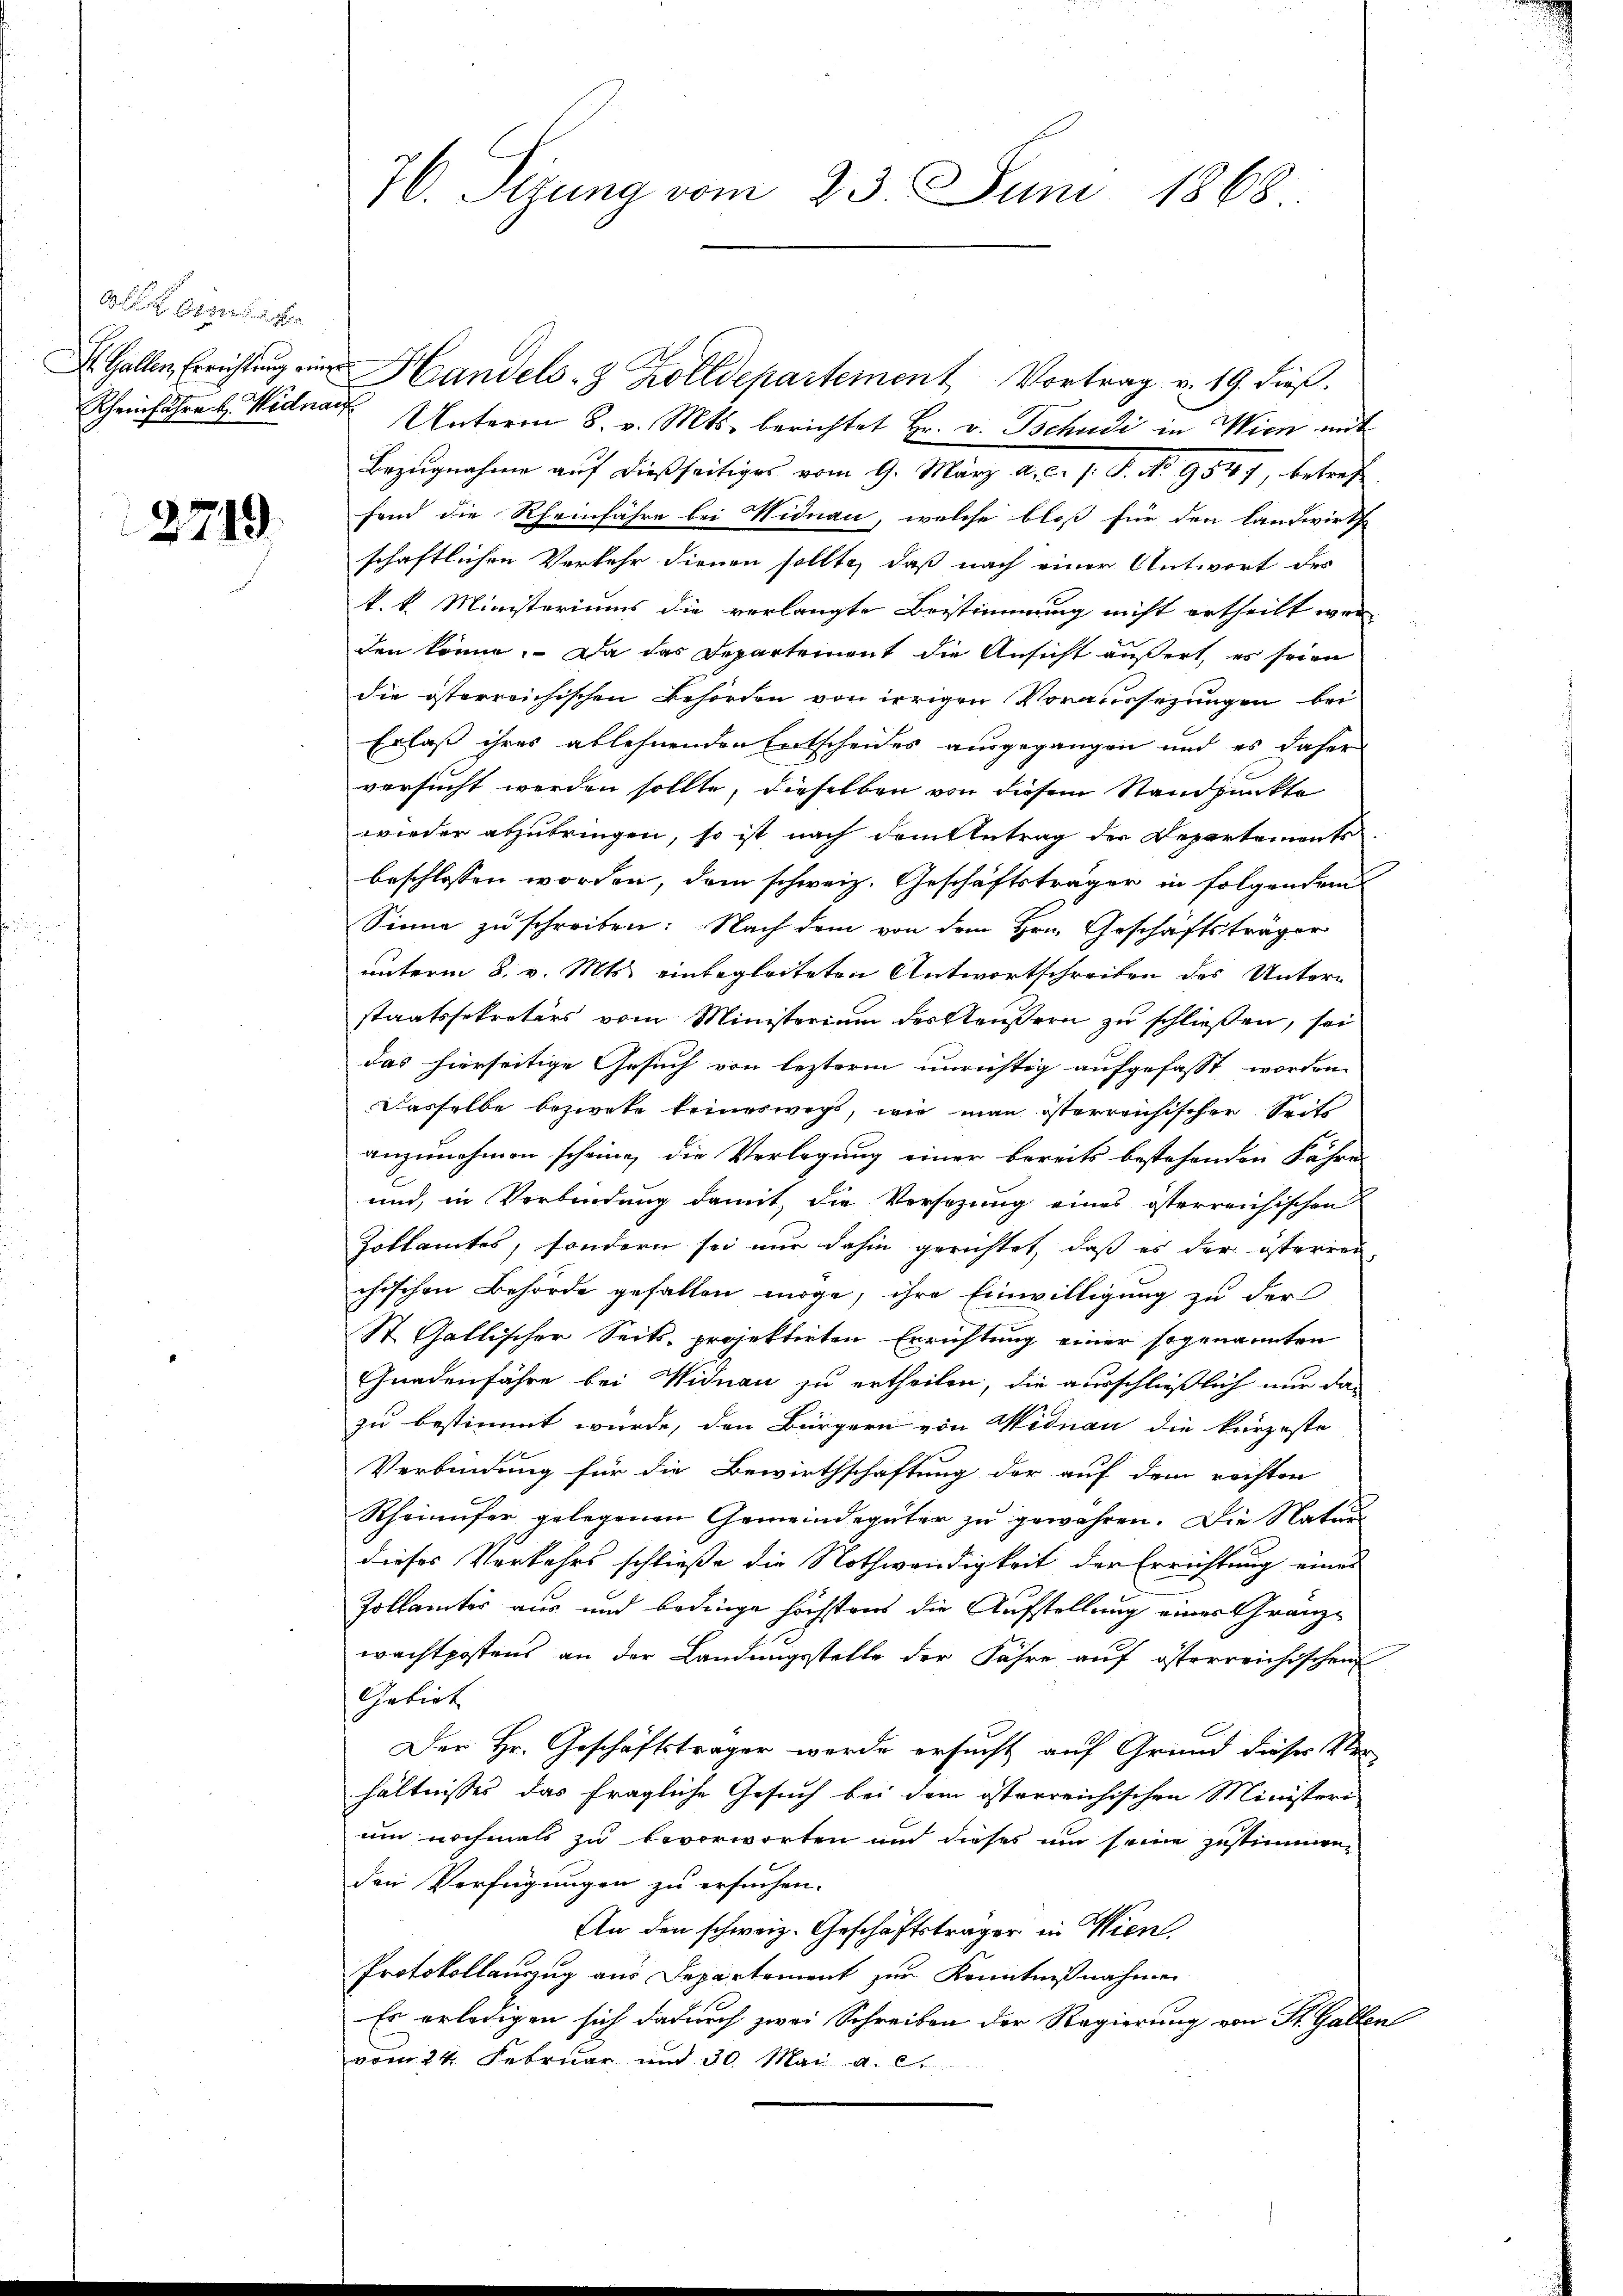
Ali bezeigen

2719.

76. Sizung vom 23. Juni 1868

Rheinfahre u. Widnar Unterm 8. v. Mts. berichtet Hr. v. Bchudi in Wien mit
Bezugnahme auf dießseitiges vom 9. März a. c. s. S. No. 9547, betref
fend die Rheinfahre bei Nidnau, welche bloß für den Landwirths
schaftlichen Verkehr dienen sollte, daß nach einer Antwort des
k. k. Ministeriums die verlangte Bestimmung nicht ertheilt wer
den könne. Da das Departement die Ansicht äußert, es seien
die österreichischen Behörden von irrigen Voraussezungen bei
Erlaß ihres ablehnenden Entscheides ausgegangen und es daher
versucht werden sollte, dieselben von diesem Standpunkte
wieder abzubringen, so ist nach dem Antrag der Departements
beschlossen worden, dem schweiz. Geschäftsträger in folgendem
Sinne zu schreiben. Nach dem von dem Hrn. Geschäftsträger
unterm 8. v. Mts. einbegleiteten Antwortschreiben des Untern
staatssekretärs vom Ministerium des Aeußern zu schließen, sei
das hierseitige Gesuch von lezterm unrichtig aufgefasst worden
Dasselbe bezwete keineswegs, wie man isterreichischen Seite
anzunehmen scheine, die Verlegung einer bereits bestehenden Fähre
und, in Verbindung damit, die Versezung eines österreichischen
Zollamtes, sondern sei nur dahin gerichtet, daß es der österren
chischen Behörde gefallen möge, ihre Einwilligung zu der
St. Gallischer Seits projektirten Errichtung einer sogenannten
Gnadenfahre bei Widnau zu ertheilen, die ausschließlich nur da-
zu bestimmt wurde, den Bürgern von Widnau die kurzeste
Verbindung für die Bewirthschaftung der auf dem rechten
Rheinufer gelegenen Gemeindegüter zu gewahren. Die Naturdieses Verkehrs schließe die Nothwendigkeit der Errichtung eines
Zollämter aus und bedinge höchstens die Aufstellung einer Gränzwachtpostens an der Landungsstelle der Jahre auf österreichischen
Gebiet
Der Hr. Geschäftsträger werde ersucht auf Grund dieses Ver-
hältnisses das fragliche Gesuch bei dem österreichischen Ministeri
um nochmals zu bevorworten und dieses um seine Zustimmen,
den Verfügungen zu ersuchen.
An den schweiz. Geschäftsträger in Wien
Protokollauszug aus Departement zur Kenntnißnahmen
Es erledigen sich dadurch zwei Schreiben der Regierung von St. Gallen
vom 24. Februar und 30. Mai a. c.

Hallen Erricht in Handels- & Zolldepartement Vortrag v. 19. dieβ.